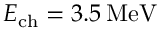
E _ { \mathrm { c h } } = 3 . 5 \, \mathrm { M e V }